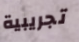
تجريبية